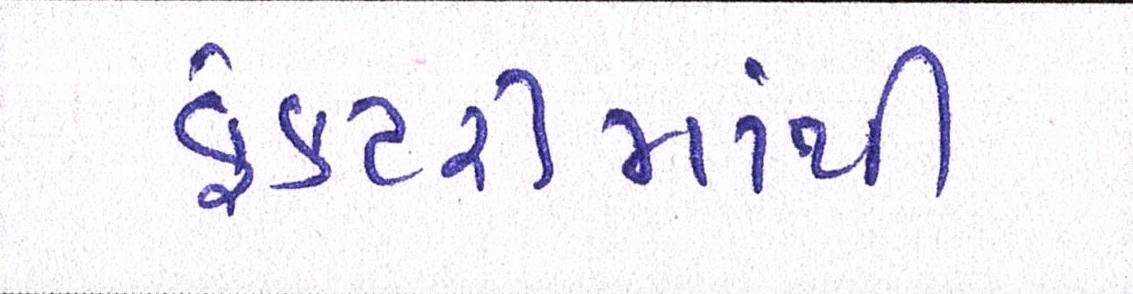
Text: ફેકટરીમાંથી